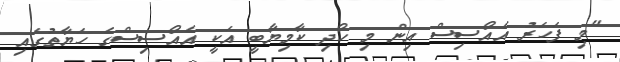
"މި ފަހަރު އެއޯސިސް އިން މި ހޯދި ކާމިޔާބީ އަކީ އެއޯސިސްގެ ހަޔާތުގައި